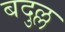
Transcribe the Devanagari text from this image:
बदुल्ल